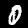
Label: 0